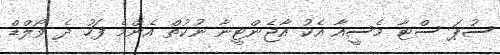
ސުޕަ ސްޓާ މެސީއާ އެކު އާޖެންޓީނާ ނުކުތް އެންމެ ފަހު ދެ ވޯލްޑް